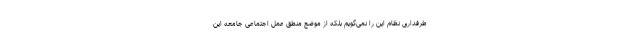
طرفداری نظام این را نمی‌گویم بلکه از موضع منطق عمل اجتماعی جامعه این